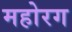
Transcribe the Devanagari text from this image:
महोरग